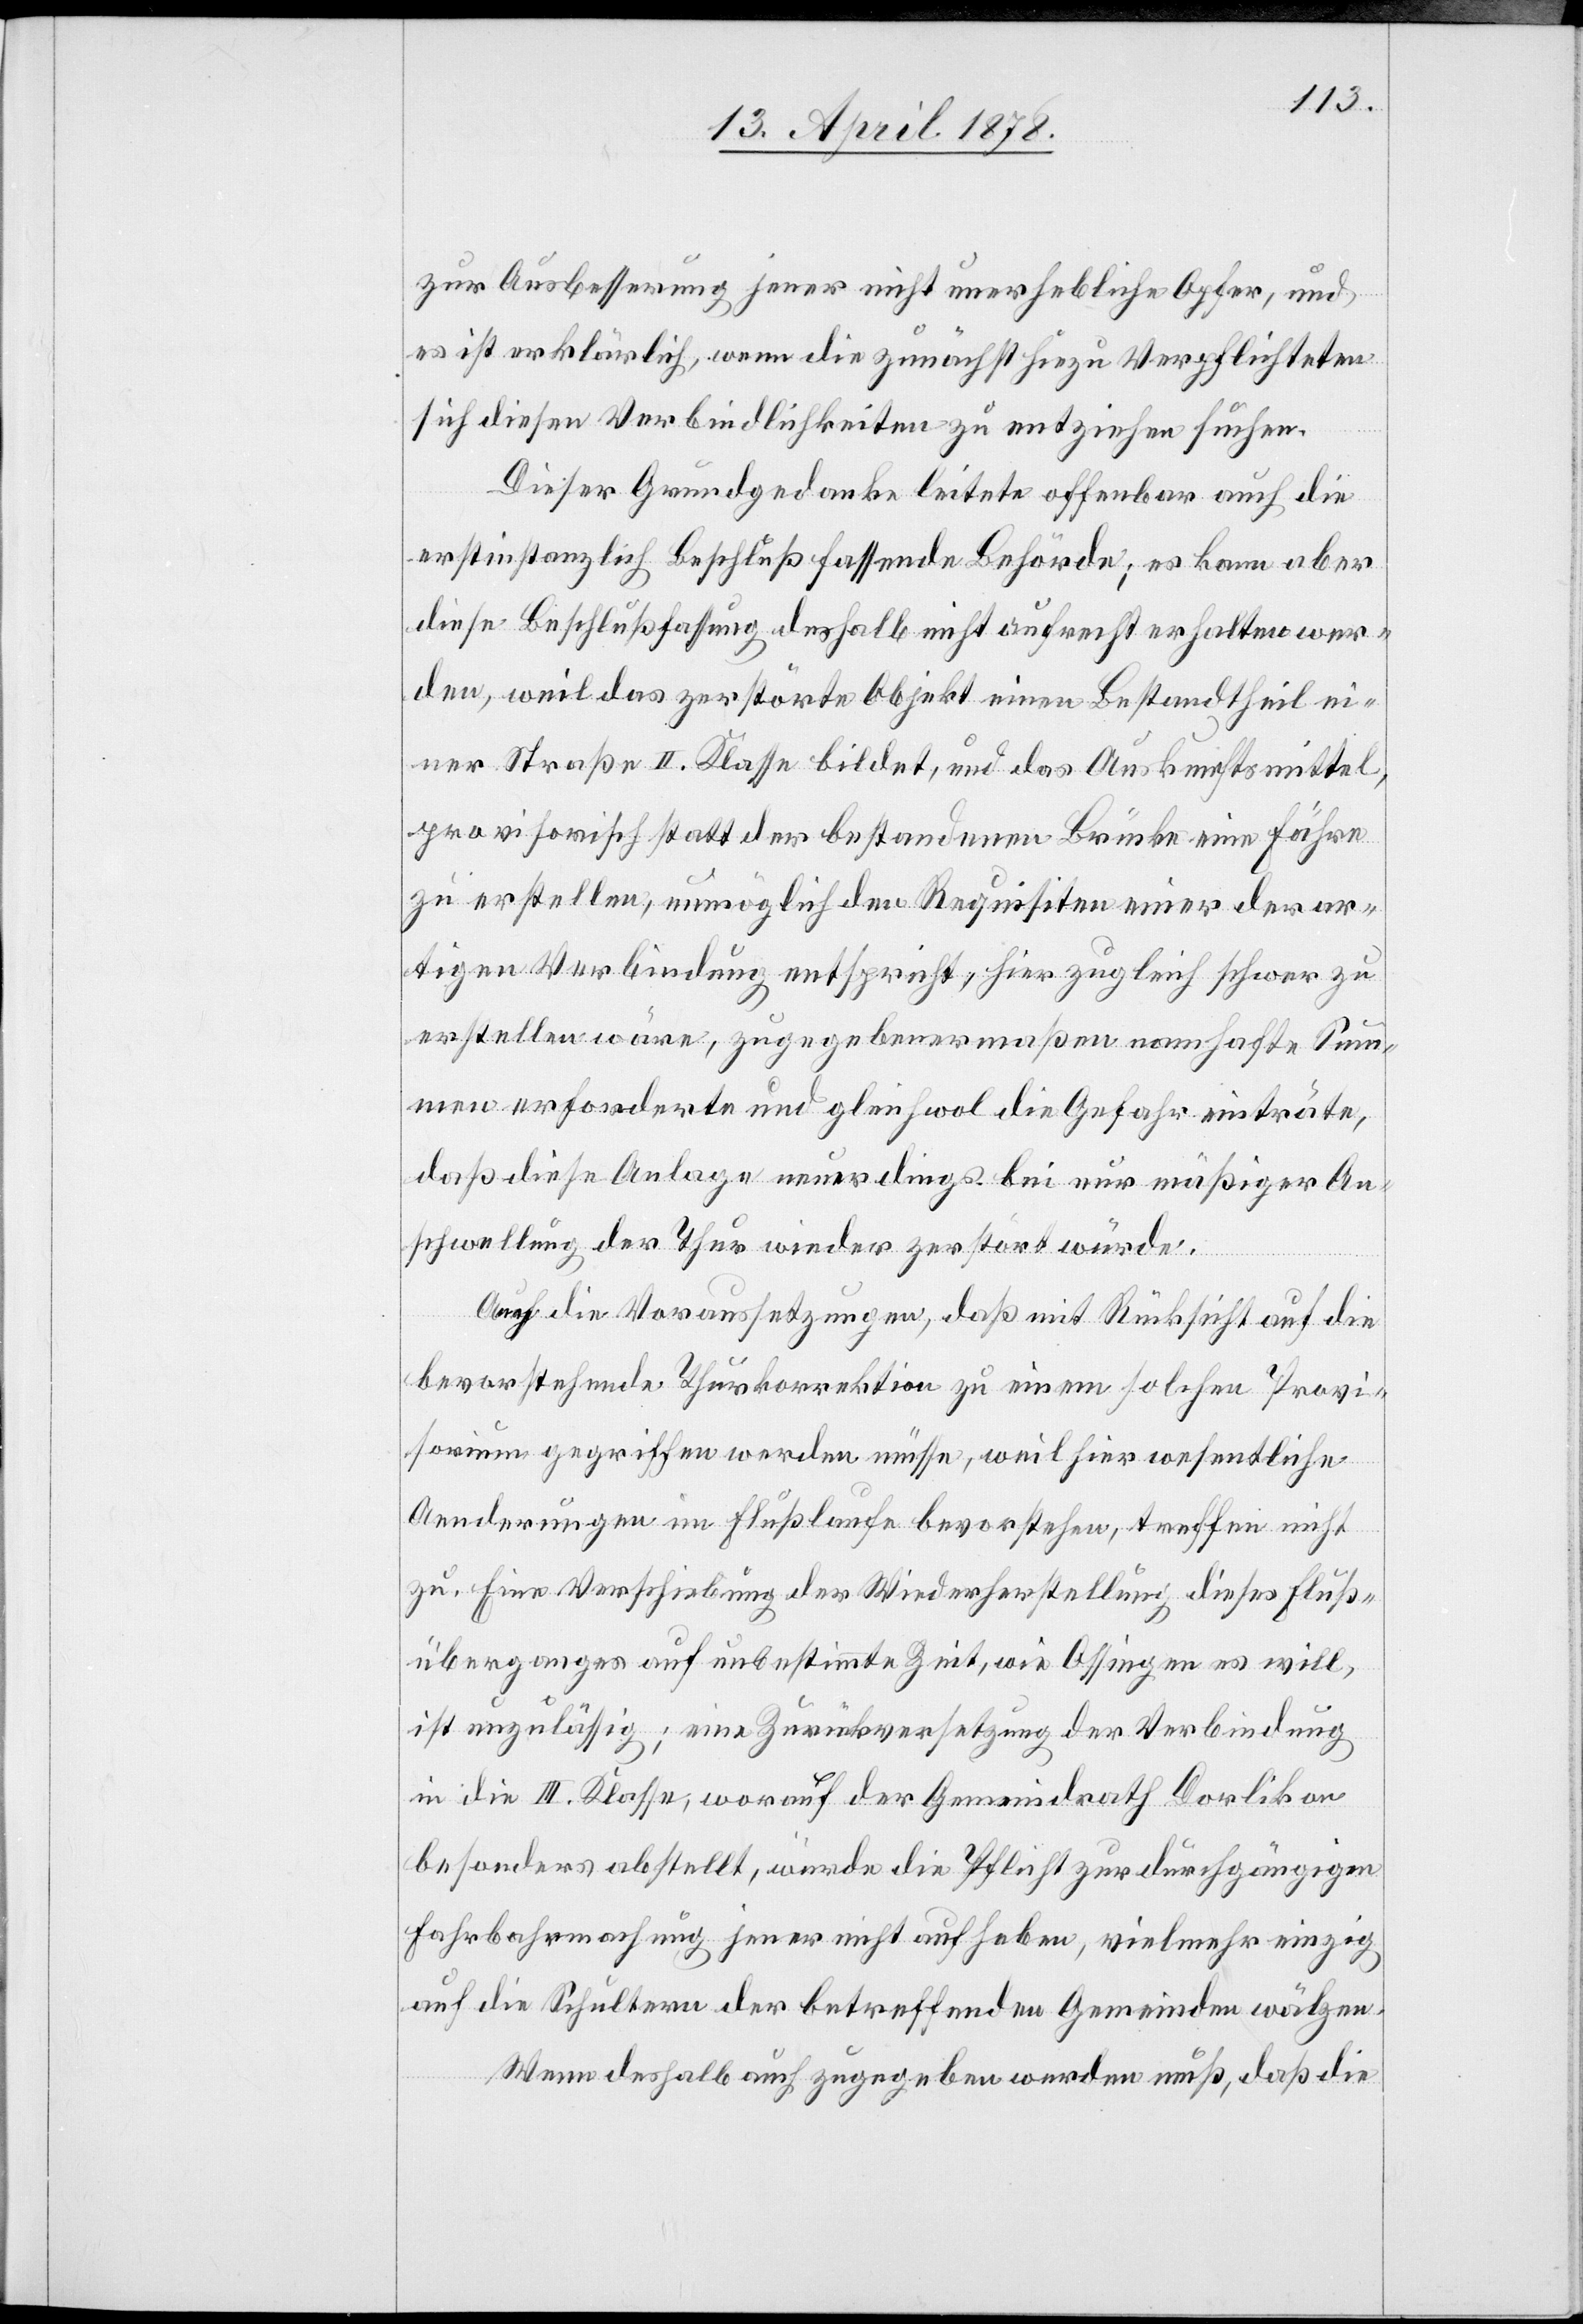
zur Ausbesserung jener nicht unerhebliche Opfer, und
es ist erklärlich, wenn die zunächst hiezu Verpflichteten
sich diesen Verbindlichkeiten zu entziehen suchen.
Dieser Grundgedanke leitete offenbar auch die
erstinstanzlich Beschluß fassende Behörde; es kann aber
diese Beschlussfassung deshalb nicht aufrecht erhalten wer¬
den, weil das zerstörte Objekt einen Bestandtheil ei¬
ner Straße II. Klasse bildet, und das Auskunftmittel,
provisorisch statt der bestandenen Brücke eine Fähre
zu erstellen, unmöglich den Requisiten einer derar¬
tigen Verbindung entspricht, hier zugleich schwer zu
erstellen wäre, zugegebenermaßen namhafte Sum¬
men erforderte und gleichwol die Gefahr einträte,
daß diese Anlage neuerdings bei nur mäßiger An¬
schwellung der Thur wieder zerstört würde.
Auch die Voraussetzungen, daß mit Rücksicht auf die
bevorstehende Thurkorrektion zu einem solchen Provi¬
sorium gegriffen werden müsse, weil hier wesentliche
Aenderungen im Flußlaufe bevorstehen, treffen nicht
zu. Eine Verschiebung der Wiederherstellung dieses Fluß¬
überganges auf unbestimmte Zeit, wie Ossingen es will,
ist unzulässig; eine Zurückversetzung der Verbindung
in die III. Klasse, worauf der Gemeindrath Dorlikon
besonders abstellt, würde die Pflicht zur durchgängigen
Fahrbahrmachung jener nicht aufheben, vielmehr einzig
auf die Schultern der betreffenden Gemeinden wälzen.
Wenn deshalb auch zugegeben werden muß, daß die